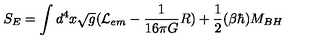
S _ { E } = \int d ^ { 4 } x \sqrt { g } ( { \cal L } _ { e m } - { \frac { 1 } { 1 6 \pi G } } R ) + { \frac { 1 } { 2 } } ( \beta \hbar ) M _ { B H }